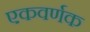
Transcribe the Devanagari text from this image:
एकवर्णक